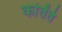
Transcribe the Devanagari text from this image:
कांतेंते